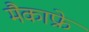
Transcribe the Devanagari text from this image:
मैकाफ्रे